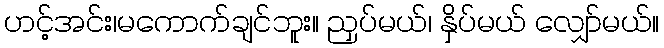
ဟင့်အင်း၊မကောက်ချင်ဘူး။ ညှပ်မယ်၊ နှိပ်မယ် လျှော်မယ်။